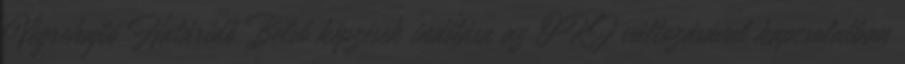
Végrehajtó Határidő Belső képzések indítása az OKJ változásával kapcsolatban